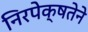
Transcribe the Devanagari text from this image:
निरपेक्षतेने